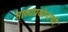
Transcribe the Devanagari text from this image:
नाट्यप्रयोगांची